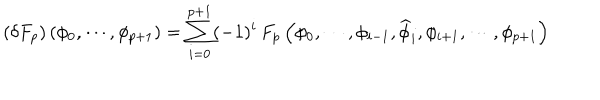
\left( \delta F _ { p } \right) \left( \phi _ { 0 } , \cdots , \phi _ { p + 1 } \right) = \sum _ { i = 0 } ^ { p + 1 } ( - 1 ) ^ { i } \, F _ { p } \left( \phi _ { 0 } , \cdots , \phi _ { i - 1 } , \widehat { \phi } _ { i } , \phi _ { i + 1 } , \cdots , \phi _ { p + 1 } \right)